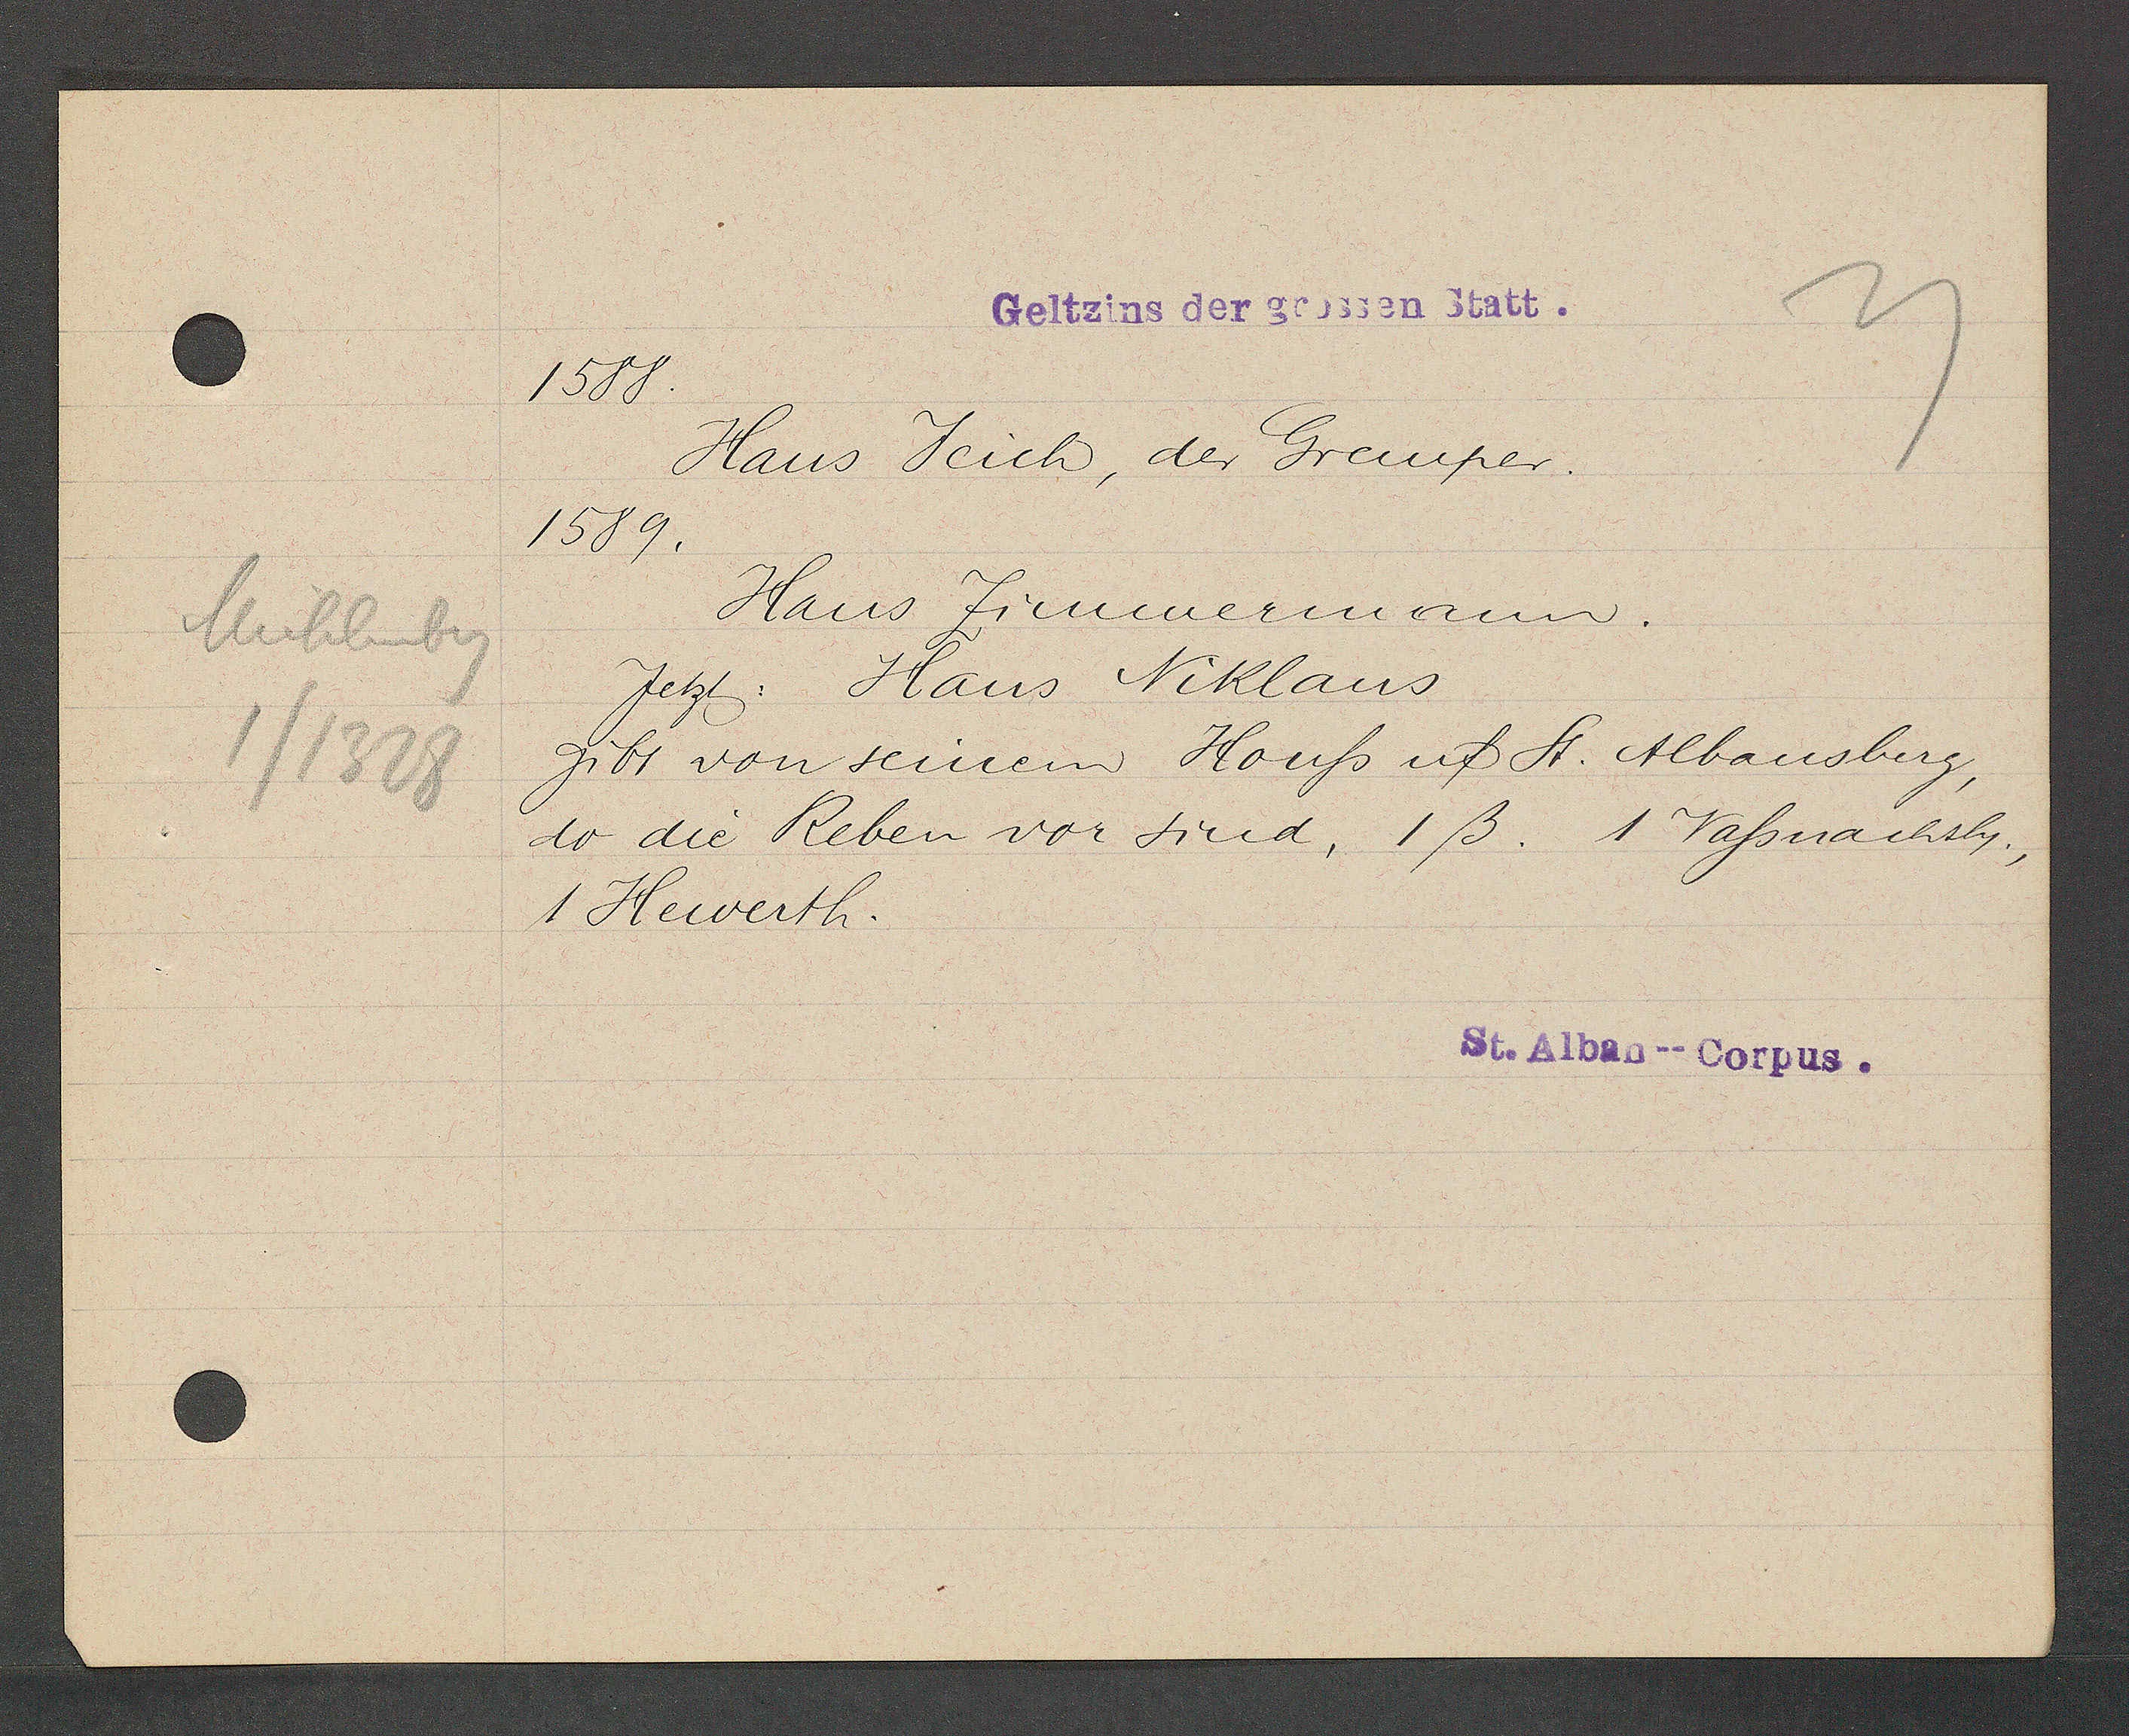
Transcript:
Muhlenbg
1/1328

Geltzins der grossen Statt.

1588.
Hans Jeich, der Gremper.
1589.
Hans Zimmemann.
Jetzt, Hans Niklaus
gibt von seinem Houss uf St. Albansberg,
do die Reben vor sind, 1ß. 1. Vassnachsly.,
1 Hewerth.

St. Alban--Corpus.